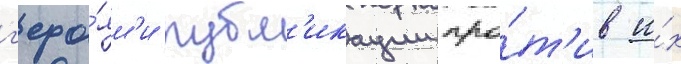
г'еро́ям'и публ'икации про́т'ив и́х